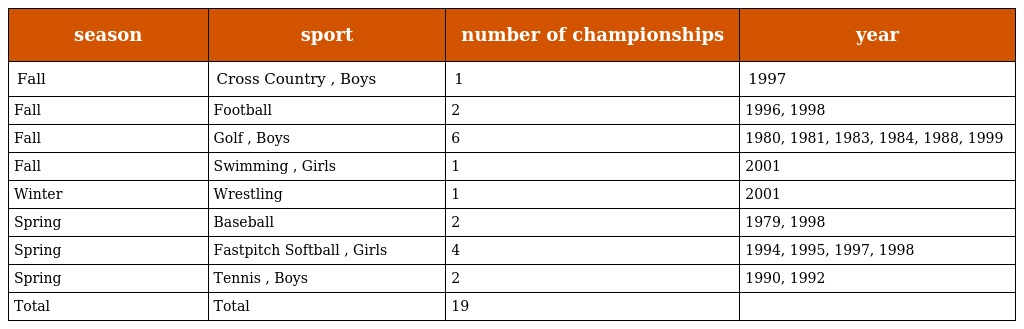
| season | sport | number of championships | year |
 | --- | --- | --- | --- |
 | Fall | Cross Country , Boys | 1 | 1997 |
 | Fall | Football | 2 | 1996, 1998 |
 | Fall | Golf , Boys | 6 | 1980, 1981, 1983, 1984, 1988, 1999 |
 | Fall | Swimming , Girls | 1 | 2001 |
 | Winter | Wrestling | 1 | 2001 |
 | Spring | Baseball | 2 | 1979, 1998 |
 | Spring | Fastpitch Softball , Girls | 4 | 1994, 1995, 1997, 1998 |
 | Spring | Tennis , Boys | 2 | 1990, 1992 |
 | Total | Total | 19 |  |